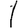
Digit: 1